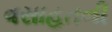
વસાહતની